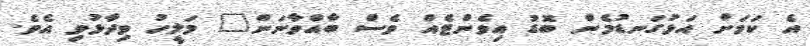
އެ ކަމަށް އަޅުގަނޑުމެން ބޮޑު އިވެންޓެއް ވެސް ބާއްވާނަން" މަލީހު ވިދާޅުވި އެވެ.